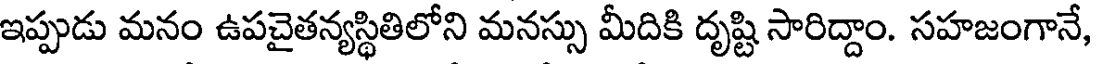
ఇప్పుడు మనం ఉపచైతన్యస్థితిలోని మనస్సు మీదికి దృష్టి సారిద్దాం. సహజంగానే,